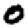
Digit: 0